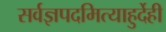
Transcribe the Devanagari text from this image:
सर्वज्ञपदमित्याहुर्देही